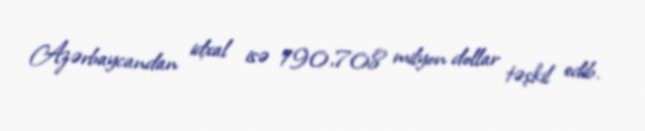
Azərbaycandan idxal isə 190,708 milyon dollar təşkil edib.